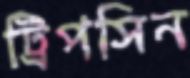
ট্রিপসিন